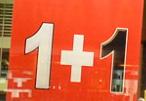
1+1